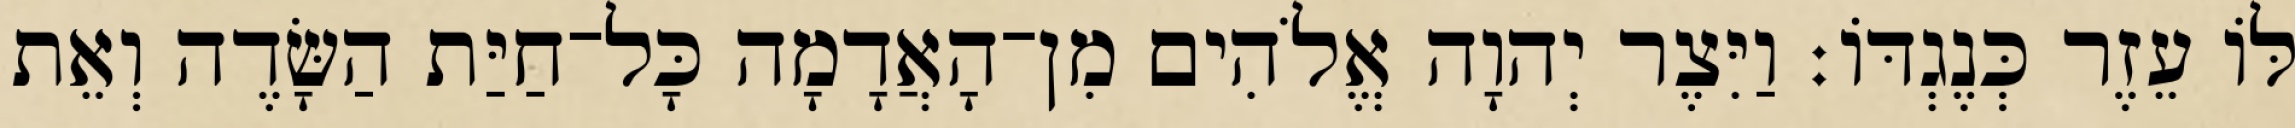
לֹּו עֵזֶר כְּנֶגְדֹּו׃ וַיִּצֶר יְהוָה אֱלֹהִים מִן־הָאֲדָמָה כָּל־חַיַּת הַשָּׂדֶה וְאֵת